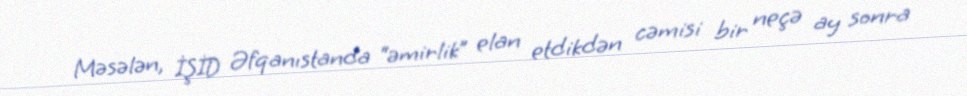
Məsələn, İŞİD Əfqanıstanda “əmirlik” elan etdikdən cəmisi bir neçə ay sonra